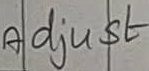
Text: Adjust